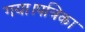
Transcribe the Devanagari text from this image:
गया।पत्रिका